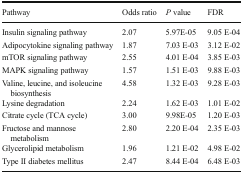
<table><thead><tr><td><b>Pathway</b></td><td><b>Odds ratio</b></td><td><b><i>P</i> value</b></td><td><b>FDR</b></td></tr></thead><tbody><tr><td>Insulin signaling pathway</td><td>2.07</td><td>5.97E-05</td><td>9.05 E-04</td></tr><tr><td>Adipocytokine signaling pathway</td><td>1.87</td><td>7.03 E-03</td><td>3.12 E-02</td></tr><tr><td>mTOR signaling pathway</td><td>2.55</td><td>4.01 E-04</td><td>3.85 E-03</td></tr><tr><td>MAPK signaling pathway</td><td>1.57</td><td>1.51 E-03</td><td>9.88 E-03</td></tr><tr><td>Valine, leucine, and isoleucine biosynthesis</td><td>4.58</td><td>1.32 E-03</td><td>9.28 E-03</td></tr><tr><td>Lysine degradation</td><td>2.24</td><td>1.62 E-03</td><td>1.01 E-02</td></tr><tr><td>Citrate cycle (TCA cycle)</td><td>3.00</td><td>9.98E-05</td><td>1.20 E-03</td></tr><tr><td>Fructose and mannose metabolism</td><td>2.80</td><td>2.20 E-04</td><td>2.35 E-03</td></tr><tr><td>Glycerolipid metabolism</td><td>1.96</td><td>1.21 E-02</td><td>4.98 E-02</td></tr><tr><td>Type II diabetes mellitus</td><td>2.47</td><td>8.44 E-04</td><td>6.48 E-03</td></tr></tbody></table>